Lunatic asylums in Bengal annual reports 1888-1898 - 1888-1898
Year: 1888
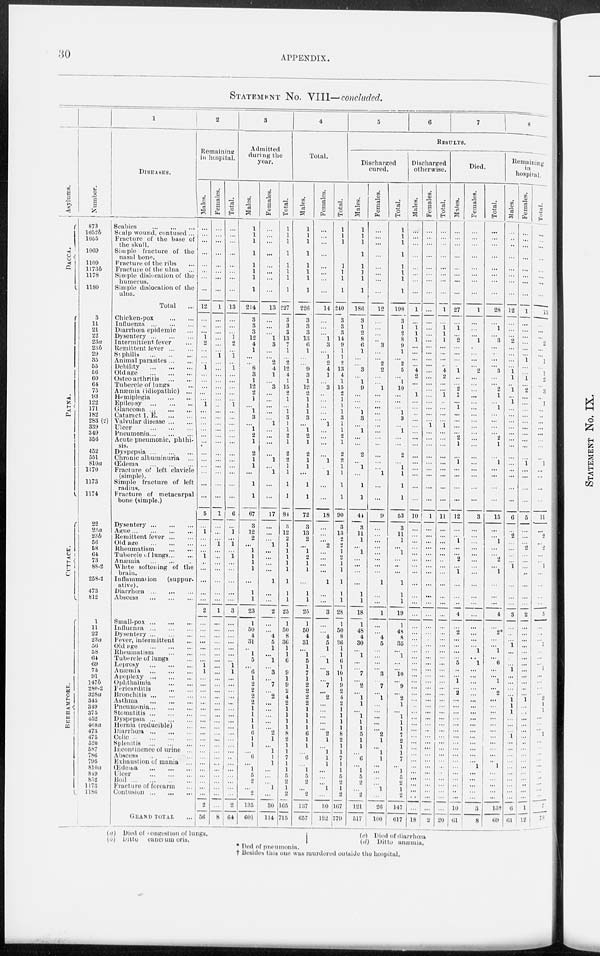
30
APPENDIX.
STATEMENT No. VIII—concluded.
Asylums.
DACCA.
PATNA.
CUTTACK.
BERHAMPORE.
Number.
873
1052b
1055
1069
1109
1173b
1178
1180
3
11
21
22
23a
23b
29
35
55
56
60
64
75
93
122
171
182
283 (2)
339
349
356
452
551
810a
1170
1173
1174
22
23a
23b
56
58
64
73
88-2
258-2
473
812
1
11
22
23a
56
58
64
69
73
91
147b
280-2
328a
345
349
375
452
468a
473
475
520
587
786
795
810a
849
852
1173
1186
1
DISEASES.
Scabies
...
...
...
Scalp wound, contused ...
Fracture of the base of
the skull.
Simple fracture of the
nasal bone.
Fracture of the ribs ...
Fracture of the ulna ...
Simple dislocation of the
humerus.
Simple dislocation of the
ulna.
Total ...
Chicken-pox
...
...
Influenza
...
...
...
Diarrhœa epidemic ...
Dysentery
...
...
...
Intermittent fever ...
Remittent fever
...
...
Syphilis
...
...
...
Animal parasites ... ...
Debility
...
...
...
Old age
...
...
...
Osteo arthritis
...
...
Tubercle of lungs ...
Anæmia (idiopathic) ...
Hemiplegia
...
...
Epilepsy
...
...
...
Glaucoma
...
...
...
Cataract 1.
E. ... ...
Valvular disease ... ...
Ulcer
...
...
...
Pneumonia
...
...
...
Acute pneumonic, phthi-
sis.
Dyspepsia
...
...
...
Chronic albuminuria
...
Œdema
...
...
...
Fracture of left clavicle
(simple).
Simple fracture of left
radius.
Fracture of metacarpal
bone (simple.)
Dysentery
...
...
...
Ague
...
...
...
...
Remittent fever
...
...
Old age
...
...
...
Rheumatism
...
...
Tubercle of lungs ... ...
Anæmia
...
...
...
White softening of the
brain.
Inflammation
(suppur-
ative).
Diarrhœa
...
...
...
Abscess
...
...
...
Small-pox
...
...
...
Influenza
...
...
...
Dysentery
...
...
...
Fever, intermittent ...
Old
age
...
...
...
Rheumatism
...
...
Tubercle of lungs ...
Leprosy
...
...
...
Anæmia
...
...
...
Apoplexy ...
...
...
Ophthalmia
...
...
Pericarditis
...
...
Bronchitis
...
...
...
Asthma
...
...
...
Pneumonia
...
...
...
Stomatitis
...
...
...
Dyspepsia
...
...
...
Hernia (reducible) ...
Diarrhœa
...
...
...
Colic
...
...
...
...
Splenitis
...
...
...
Incontinence of urine ...
Abscess
...
...
...
Exhaustion of mania ...
Œdema
...
...
...
Ulcer
...
...
...
Boil ... ... ... ...
Fracture of forearm ...
Contusion
...
...
...
GRAND TOTAL ...
2
Remaining
in hospital.
Males.
...
...
...
...
...
...
...
...
12
...
...
...
1
2
...
...
...
1
...
...
...
...
...
1
...
...
...
...
...
...
...
...
...
...
...
...
5
...
1
...
...
...
1
...
...
...
...
...
2
...
...
...
...
...
...
...
1
1
...
...
...
...
...
...
...
...
...
...
...
...
...
...
...
...
...
...
...
...
2
56
Females.
...
...
...
...
...
...
...
...
1
...
...
...
...
...
...
1
...
...
...
...
...
...
...
...
...
...
...
...
...
...
...
...
...
...
...
...
1
...
...
...
1
...
...
...
...
...
...
...
1
...
...
...
...
...
...
...
...
...
...
...
...
...
...
...
...
...
...
...
...
...
...
...
...
...
...
...
...
...
...
8
Total.
...
...
...
...
...
...
...
...
13
...
...
...
1
2
...
1
...
1
...
...
...
...
...
1
...
...
...
...
...
...
...
...
...
...
...
...
6
...
1
...
1
...
1
...
...
...
...
...
3
...
...
...
...
...
...
...
1
1
...
...
...
...
...
...
...
...
...
...
...
...
...
...
...
...
...
...
...
...
2
64
3
Admitted
during the
year.
Males.
1
1
1
1
1
1
1
1
214
3
3
3
12
4
1
...
...
8
3
1
12
2
1
...
1
3
...
1
2
1
2
1
1
...
1
1
67
3
12
2
...
1
1
1
1
...
1
1
23
1
50
4
31
...
1
5
...
6
1
2
2
2
2
1
1
1
1
6
1
1
...
6
...
1
5
2
...
2
135
601
Females.
...
...
...
...
...
...
...
...
13
...
...
...
1
3
...
...
2
4
1
...
3
...
...
...
...
...
1
...
...
...
...
1
...
1
...
...
17
...
...
...
1
...
...
...
...
1
...
...
2
...
...
4
5
1
...
1
...
3
...
7
...
2
...
...
...
...
...
2
1
...
1
1
1
...
...
...
1
...
30
114
Total.
1
1
1
1
1
1
1
1
227
3
3
3
13
7
1
...
2
12
4
1
15
2
1
...
1
3
1
1
2
1
2
2
1
1
1
1
84
3
12
2
1
1
1
1
1
1
1
1
25
1
50
8
36
1
1
6
...
9
1
9
2
4
2
1
1
1
1
8
2
1
1
7
1
1
5
2
1
2
165
715
4
Total.
Males.
1
1
1
1
1
1
1
1
226
3
3
3
13
6
1
...
...
9
3
1
12
2
1
1
1
3
...
1
2
1
2
1
1
...
1
1
72
3
13
2
...
1
2
1
1
...
1
1
25
1
50
4
31
...
1
5
1
7
1
2
2
2
2
1
1
1
1
6
1
1
...
6
...
1
5
2
...
2
137
657
Females.
...
...
...
...
...
...
...
...
14
...
...
...
1
3
...
1
2
4
1
...
2
...
...
...
...
...
1
...
...
...
...
1
...
1
...
...
18
...
...
...
2
...
...
...
...
1
...
...
3
...
...
4
5
1
...
1
...
3
...
7
...
2
...
...
...
...
...
2
1
...
1
1
1
...
...
...
1
...
30
122
Total.
1
1
1
1
1
1
1
1
240
3
3
3
14
9
1
1
2
13
4
1
15
2
1
1
1
3
1
1
2
1
2
2
1
1
1
1
90
3
13
2
2
1
2
1
1
1
1
1
28
1
50
8
36
1
1
6
1
10
1
9
2
4
2
1
1
1
1
8
2
1
1
7
1
1
5
2 1
2
167
779
5
6
7
8
RESULTS.
Discharged
cured.
Males.
1
1
1
1
1
1
1
1
186
3
1
2
8
6
1
...
...
3
...
1
9
...
...
...
1
3
...
1
...
...
2
...
1
...
1
1
44
3
11
1
...
1
...
...
...
...
1
1
18
1
48
4
30
...
1
...
...
7
...
2
...
1
1
...
1
1
1
5
1
1
...
6
...
1
5
2
...
2
121
517
Females.
...
...
...
...
...
...
...
...
12
...
...
...
...
3
...
...
2
2
...
...
1
...
...
...
...
...
...
...
...
...
...
...
...
1
...
...
9
...
...
...
...
...
...
...
...
1
...
...
1
...
...
4
5
...
...
...
...
3
...
7
...
1
...
...
...
...
...
2
1
...
1
1
...
...
...
...
1
...
26
100
Total.
1
1
1
1
1
1
1
1
198
3
1
2
8
9
1
...
2
5
...
1
10
...
...
...
1
3
...
1
...
...
2
...
1
1
1
1
53
3
11
1
...
1
...
...
...
1
1
1
19
1
48
8
35
...
1
...
...
10
...
9
...
2
1
...
1
1
1
7
2
1
1
7
...
1
5
2
1
2
147
617
Discharged
otherwise.
Males.
...
...
...
...
...
...
...
...
1
...
1
1
1
...
...
...
...
4
2
...
...
1
...
...
...
...
...
...
...
...
...
...
...
...
...
...
10
...
...
...
...
...
...
...
...
...
...
...
...
...
...
...
...
...
...
...
...
...
...
...
...
...
...
...
...
...
...
...
...
...
...
...
...
...
...
...
...
...
...
18
Females.
...
...
...
...
...
...
...
...
...
...
...
...
...
...
...
...
...
...
...
...
...
...
...
...
...
...
1
...
...
...
...
...
...
...
...
...
1
...
...
...
...
...
...
...
...
...
...
...
...
...
...
...
...
...
...
...
...
...
...
...
...
...
...
...
...
...
...
...
...
...
...
...
...
...
...
...
...
...
...
2
Total.
...
...
...
...
...
...
...
...
1
...
1 1
1
...
...
...
...
4
2
...
...
1
...
...
...
...
1
...
...
...
...
...
...
...
...
...
11
...
...
...
...
...
...
...
...
...
...
...
...
...
...
...
...
...
...
...
...
...
...
...
...
...
...
...
...
...
...
...
...
...
...
...
...
...
...
...
...
...
...
20
Died.
Males.
...
...
...
...
...
...
...
...
27
...
1
...
2
...
...
...
...
1
...
...
2
1
...
1
...
...
...
...
2
1
...
1
...
...
...
...
12
...
...
1
...
...
2
...
1
...
...
...
4
...
2
...
...
...
...
5
...
...
1
...
2
...
...
...
...
...
...
...
...
...
...
...
...
...
...
...
...
...
10
61
Females.
...
...
...
...
...
...
...
...
1
...
...
...
1
...
...
...
...
2
...
...
...
...
...
...
...
...
...
...
...
...
...
...
...
...
...
...
3
...
...
...
...
...
...
...
...
...
...
...
...
...
...
...
...
1
...
1
...
...
...
...
...
...
...
...
...
...
...
...
...
...
...
...
1
...
...
...
...
...
3
8
Total.
...
...
...
...
...
...
...
...
28
...
1
...
3
...
...
...
...
3
...
...
2
1
...
1
...
...
...
...
2
1
...
1
...
...
...
...
15
...
...
1
...
...
2
...
1
...
...
...
4
...
2*
...
...
1
...
6
...
...
1
...
2
...
...
...
...
...
...
...
...
...
...
...
1
...
...
...
...
...
13†
69
Remaining
in
hospital.
Males.
...
...
...
...
...
...
...
...
12
...
...
...
2
...
...
...
...
1
1
...
1
...
1
...
...
...
...
...
...
...
...
...
...
...
...
...
6
...
2
...
...
...
...
1
...
...
...
...
3
...
...
...
1
...
...
...
1
...
...
...
...
1
1
1
...
...
...
1
...
...
...
...
...
...
...
...
...
...
6
61
Females.
...
...
...
...
...
...
...
...
1
...
...
...
...
...
...
1
...
...
1
...
2
...
...
...
...
...
...
...
...
...
...
1
...
...
...
...
5
...
...
...
2
...
...
...
...
...
...
...
2
...
...
...
...
...
...
...
...
...
...
...
...
1
...
...
...
...
...
...
...
...
...
...
...
...
...
...
...
...
1
12
Total.
...
...
...
...
...
...
...
...
13
...
...
...
2
...
...
1
...
1
2
...
3
...
1
...
...
...
...
...
...
...
...
1
...
...
...
...
11
...
2
...
2
...
...
1
...
...
...
...
5
...
...
...
1
...
...
...
1
...
...
...
...
2
1
1
...
...
...
1
...
...
...
...
...
...
...
...
...
...
7
73
(a) Died of congestion of lungs.
(b) Ditto cuncrum oris.
(c) Died of diarrhœa
(d) Ditto anæmia.
* Ded of pneumonia.
† Besides this one was murdered outside the hospital.